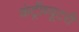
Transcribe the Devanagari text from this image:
कंट्रीब्यूटरी